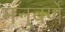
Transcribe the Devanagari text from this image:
मनुवर्णे